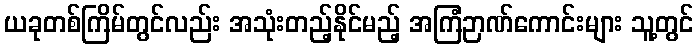
ယခုတစ်ကြိမ်တွင်လည်း အသုံးတည့်နိုင်မည့် အကြံဉာဏ်ကောင်းများ သူ့တွင်